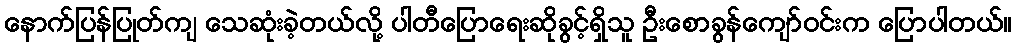
နောက်ပြန်ပြုတ်ကျ သေဆုံးခဲ့တယ်လို့ ပါတီပြောရေးဆိုခွင့်ရှိသူ ဦးစောခွန်ကျော်ဝင်းက ပြောပါတယ်။